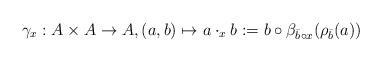
LaTeX: \begin{align*}\gamma_x:A\times A \rightarrow A,(a,b)\mapsto a\cdot_x b := b\circ \beta_{\bar{b}\circ x} (\rho_{\bar{b}}(a))\end{align*}